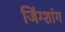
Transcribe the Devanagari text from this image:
जिंग्शांग